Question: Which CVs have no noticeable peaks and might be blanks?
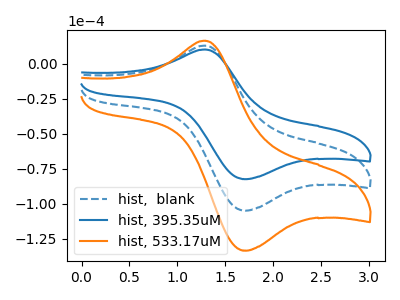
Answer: <think>The blue dashed curve "hist,  blank" has an anodic peak at (1.30V, 12.95uA) and a cathodic peak at (1.75V, -104.95uA). The blue curve "hist, 395.35uM" has an anodic peak at (1.30V, 10.15uA) and a cathodic peak at (1.75V, -82.45uA). The orange curve "hist, 533.17uM" has an anodic peak at (1.30V, 25.90uA) and a cathodic peak at (1.75V, -209.85uA).</think>
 <answer>There are not any CV's on this graph that are likely to be blanks.</answer>
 <eval>none</eval>